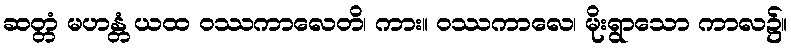
ဆတ္တံ မဟန္တံ ယထ ဝဿကာလေတိ၊ ကား။ ဝဿကာလေ၊ မိုးရွာသော ကာလ၌။